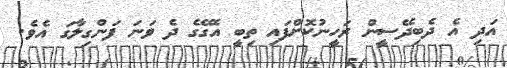
އަދި އެ ދެބިދޭސީން ރަހީނުކޮށްފައި ތިބީ އެގޭގެ ދެ ވަނަ ފަންގިލާގަ އެވެ.